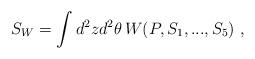
LaTeX: \begin{align*}S_W = \int d^2z d^2 \theta\, W(P,S_1,...,S_5) ~,\end{align*}